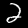
Label: 2